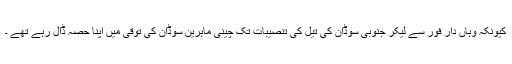
کیونکہ وہاں دار فور سے لیکر جنوبی سوڈان کی تیل کی تنصیبات تک چینی ماہرین سوڈان کی توقی میں اپنا حصہ ڈال رہے تھے ۔